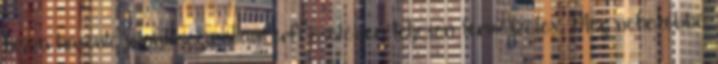
hozzá hasonló jelentőségű államférfi esetében teljesen természetes. Még nehezebbé